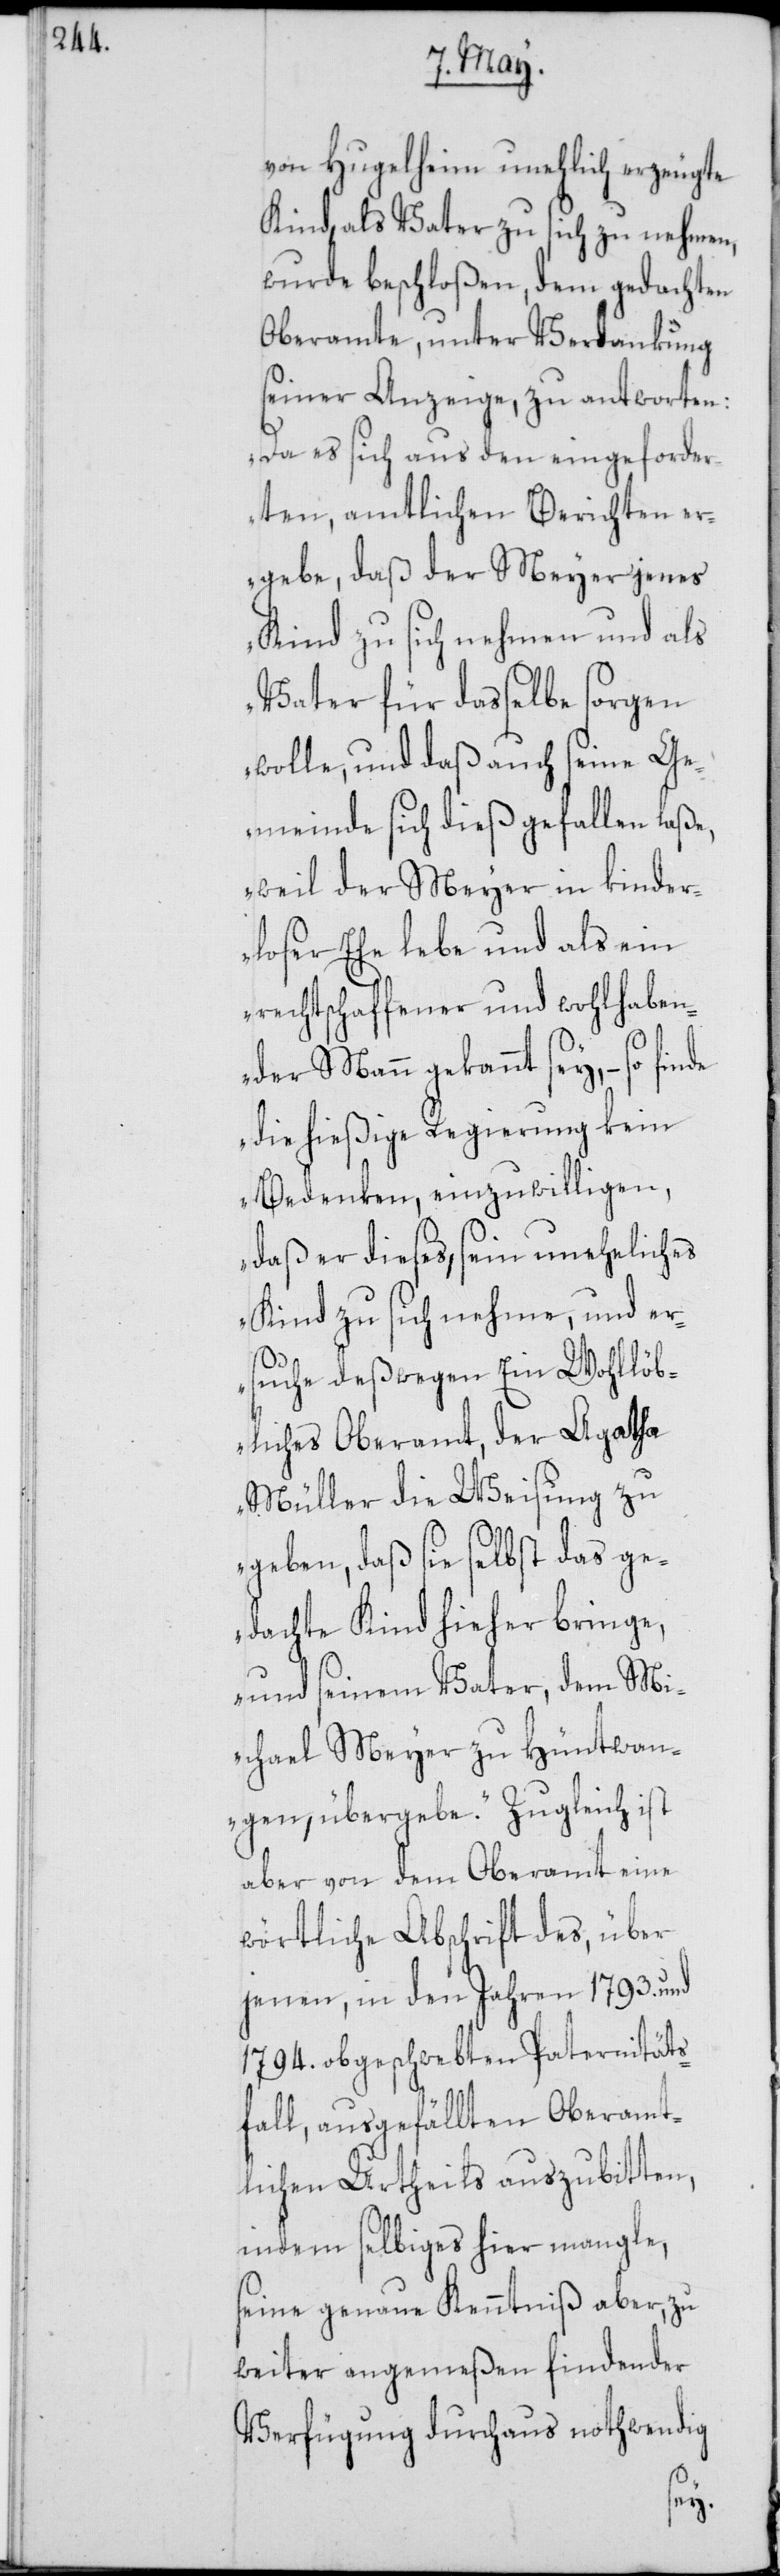
von Hugelheim unehlich erzeugte
Kind, als Vater zu sich zu nehmen,
wurde beschloßen, dem gedachten
Oberamte, unter Verdankung
seiner Anzeige, zu antworten:
„Da es sich aus den eingeforder¬
ten, amtlichen Berichten er¬
gebe, daß der Meyer jenes
Kind zu sich nehmen und als
Vater für dasselbe sorgen
wolle, und daß auch seine Ge¬
meinde sich dieß gefallen laße,
weil der Meyer in kinder¬
loser Ehe lebe und als ein
rechtschaffener und wohlhaben¬
der Mann gekannt sey, – so fin¬
die hießige Regierung kein
Bedenken, einzuwilligen,
daß er dieses, sein uneheliches
Kind zu sich nehme, und er¬
suche deßwegen Ein Wohllöb¬
liches Oberamt, der Agatha
Müller die Weisung zu
geben, daß sie selbst das ge¬
dachte Kind hieher bringe,
und seinem Vater, dem Mi¬
chael Meyer zu Hüntwan¬
gen, übergebe.“ Zugleich ist
aber von dem Oberamt eine
wörtliche Abschrift des, über
jenen, in den Jahren 1793. und
1794. obgeschwebten Paternitäts¬
fall, ausgefällten Oberamt¬
lichen Urtheils auszubitten,
indem selbiges hier mangle,
seine genaue Kenntniß aber, zu
weiter angemeßen findender
Verfügung durchaus nothwendig
de